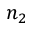
n _ { 2 }